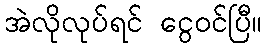
အဲလိုလုပ်ရင် ငွေဝင်ပြီ။